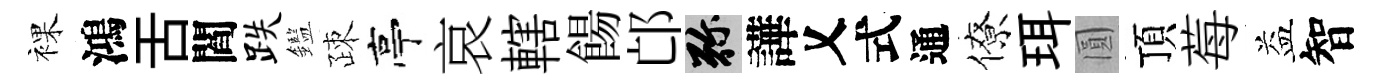
裸鴻舌閻跌鑑疎亭哀轄餳邙弥譁乂式通僚珥圓頂莓益智